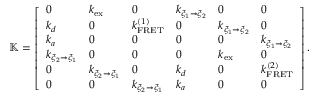
\mathbb { K } = \left[ \begin{array} { l l l l l l } { 0 } & { k _ { \mathrm { e x } } } & { 0 } & { k _ { \xi _ { 1 } \rightarrow \xi _ { 2 } } } & { 0 } & { 0 } \\ { k _ { d } } & { 0 } & { k _ { \mathrm { F R E T } } ^ { ( 1 ) } } & { 0 } & { k _ { \xi _ { 1 } \rightarrow \xi _ { 2 } } } & { 0 } \\ { k _ { a } } & { 0 } & { 0 } & { 0 } & { 0 } & { k _ { \xi _ { 1 } \rightarrow \xi _ { 2 } } } \\ { k _ { \xi _ { 2 } \rightarrow \xi _ { 1 } } } & { 0 } & { 0 } & { 0 } & { k _ { \mathrm { e x } } } & { 0 } \\ { 0 } & { k _ { \xi _ { 2 } \rightarrow \xi _ { 1 } } } & { 0 } & { k _ { d } } & { 0 } & { k _ { \mathrm { F R E T } } ^ { ( 2 ) } } \\ { 0 } & { 0 } & { k _ { \xi _ { 2 } \rightarrow \xi _ { 1 } } } & { k _ { a } } & { 0 } & { 0 } \end{array} \right] .